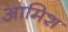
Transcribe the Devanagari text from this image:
आमिश